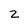
Character: z